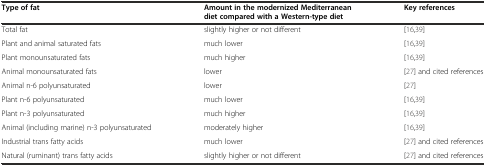
| Type of fat | Amount in the modernized Mediterranean diet compared with a Western-type diet | Key references |
 | --- | --- | --- |
 | Total fat | slightly higher or not different | [16, 39] |
 | Plant and animal saturated fats | much lower | [16, 39] |
 | Plant monounsaturated fats | much higher | [16, 39] |
 | Animal monounsaturated fats | lower | [27] and cited references |
 | Animal n-6 polyunsaturated | lower | [27] |
 | Plant n-6 polyunsaturated | much lower | [16, 39] |
 | Plant n-3 polyunsaturated | much higher | [16, 39] |
 | Animal (including marine) n-3 polyunsaturated | moderately higher | [16, 39] |
 | Industrial trans fatty acids | much lower | [27] and cited references |
 | Natural (ruminant) trans fatty acids | slightly higher or not different | [27] and cited references |